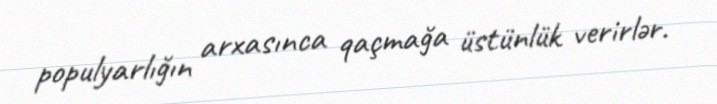
populyarlığın arxasınca qaçmağa üstünlük verirlər.